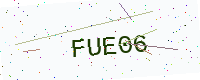
Text: FUE06